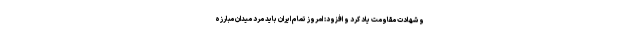
و شهادت مقاومت یاد کرد و افزود: امروز تمام ایران باید مرد میدان مبارزه